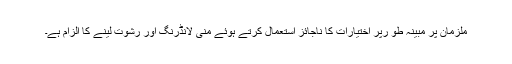
ملزمان پر مبینہ طو رپر اختیارات کا ناجائز استعمال کرتے ہوئے منی لانڈرنگ اور رشوت لینے کا الزام ہے۔